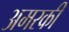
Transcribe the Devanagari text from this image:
अमरकी